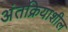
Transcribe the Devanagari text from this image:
अंतक्रियाशील